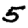
Digit: 5